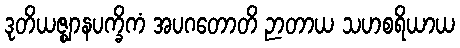
ဒုတိယဇ္ဈာနပက္ခိကံ အပဂတောတိ ဉာတာယ သဟစရိယာယ